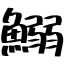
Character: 鰯